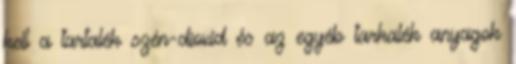
kell a tartalék szén-dioxid és az egyéb tarkalék anyagok